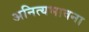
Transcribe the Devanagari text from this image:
अनित्यभावना